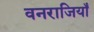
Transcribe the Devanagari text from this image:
वनराजियाँ